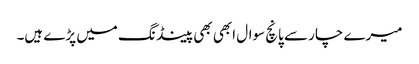
میرے چار سے پانچ سوال ابھی بھی پینڈ نگ میں پڑے ہیں۔